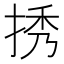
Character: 𢭆